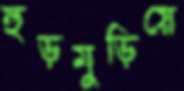
হুড়মুড়িয়ে